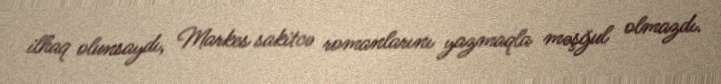
ilhaq olunsaydı, Markes sakitcə romanlarını yazmaqla məşğul olmazdı.